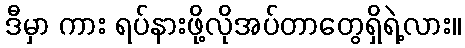
ဒီမှာ ကား ရပ်နားဖို့လိုအပ်တာတွေရှိရဲ့လား။